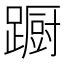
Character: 蹰